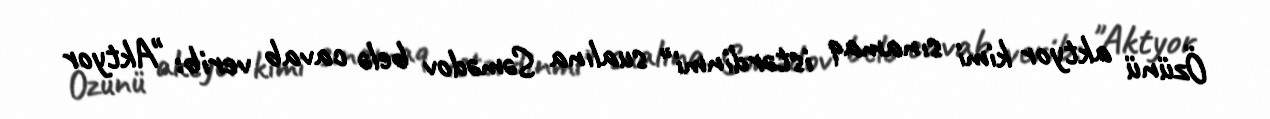
Özünü aktyor kimi sınamaq istərdinmi" sualına Səmədov belə cavab verib: "Aktyor